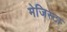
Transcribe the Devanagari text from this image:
मेजिस्टा